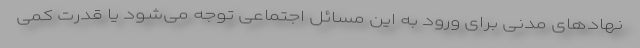
نهادهای مدنی برای ورود به این مسائل اجتماعی توجه می‌شود یا قدرت کمی